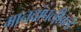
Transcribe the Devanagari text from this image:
मानवांपलीकडे